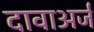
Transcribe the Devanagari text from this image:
दावाअर्ज